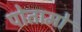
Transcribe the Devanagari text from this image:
पोतामो